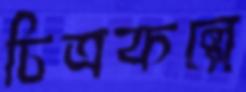
চিত্রকল্পে